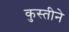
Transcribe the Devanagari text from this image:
कुस्तीने